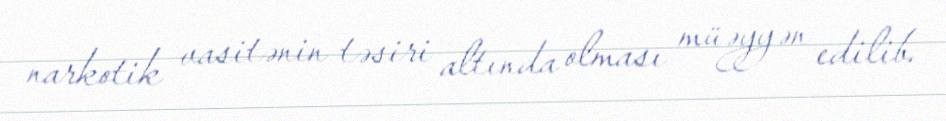
narkotik vasitənin təsiri altında olması müəyyən edilib.